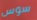
سوس